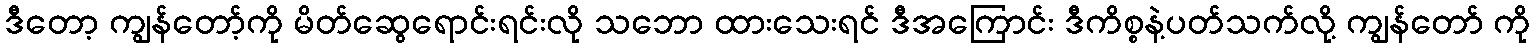
ဒီတော့ ကျွန်တော့်ကို မိတ်ဆွေရောင်းရင်းလို သဘော ထားသေးရင် ဒီအကြောင်း ဒီကိစ္စနဲ့ပတ်သက်လို့ ကျွန်တော် ကို